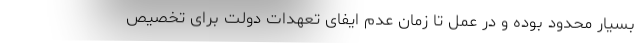
بسیار محدود بوده و در عمل تا زمان عدم ایفای تعهدات دولت برای تخصیص